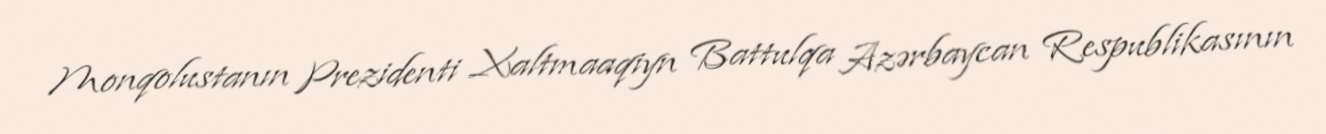
Monqolustanın Prezidenti Xaltmaaqiyn Battulqa Azərbaycan Respublikasının